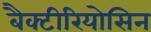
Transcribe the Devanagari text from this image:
बैक्टीरियोसिन